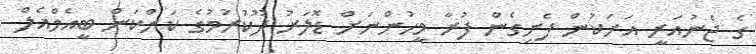
ގެ ޖެނުއަރީ އަށަކުން ފެށިގެން ފުރާ މީހުންނަށް ޑޮލަރު ދޫކުރުމުގެ ކަންކަން ބީއެމްއެލް